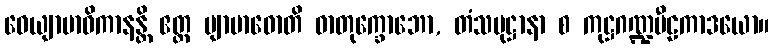
ဝေယျာဗာဓိကာနန္တိ ဧတ္ထ ဗျာဗာဓောတိ ဓာတုက္ခောဘော, တံသမုဋ္ဌာနာ စ ကုဋ္ဌဂဏ္ဍပီဠကာဒယော။